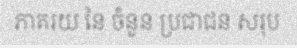
ភាគរយ នៃ ចំនួន ប្រជាជន សរុប